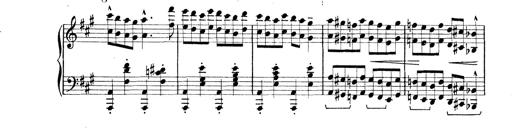
Title: Rapsodie: 19 ungheresi, 1 spagnuola
Composer: Franz Liszt